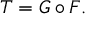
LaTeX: T = G \circ F .